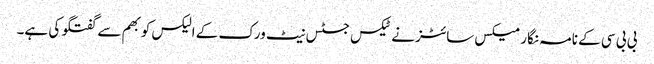
بی بی سی کے نامہ نگار میکس سائٹز نے ٹیکس جسٹس نیٹ ورک کے الیکس کوبھم سے گفتگو کی ہے۔